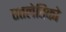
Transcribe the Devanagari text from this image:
एतलेतिको